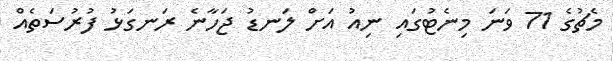
މެޗުގެ 71 ވަނަ މިނެޓުގައި ނިއު އަށް ލަނޑު ޖަހާނެ ރަނގަޅު ފުރުސަތެއް